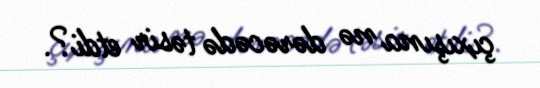
çıxışına nə dərəcədə təsir etdi?.